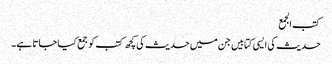
کتب الجمع
حدیث کی ایسی کتابیں جن میں حدیث کی کچھ کتب کو جمع کیا جاتا ہے۔